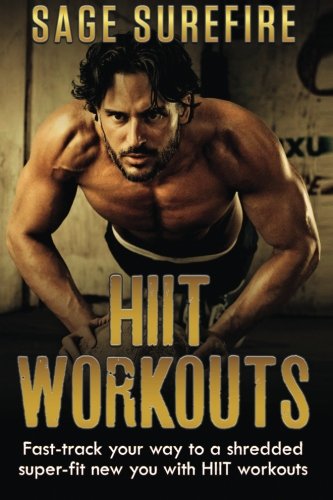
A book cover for HIIT Workouts: Get HIIT Fit - Fast-track Your Way To A Shredded Super-fit New You With HIIT Workouts (HIIT training, high intensity interval training); Sage Surefire; Health, Fitness & Dieting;